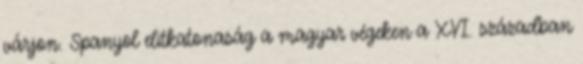
várjon. Spanyol elitkatonaság a magyar végeken a XVI. században